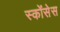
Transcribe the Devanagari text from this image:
स्कोंसेस